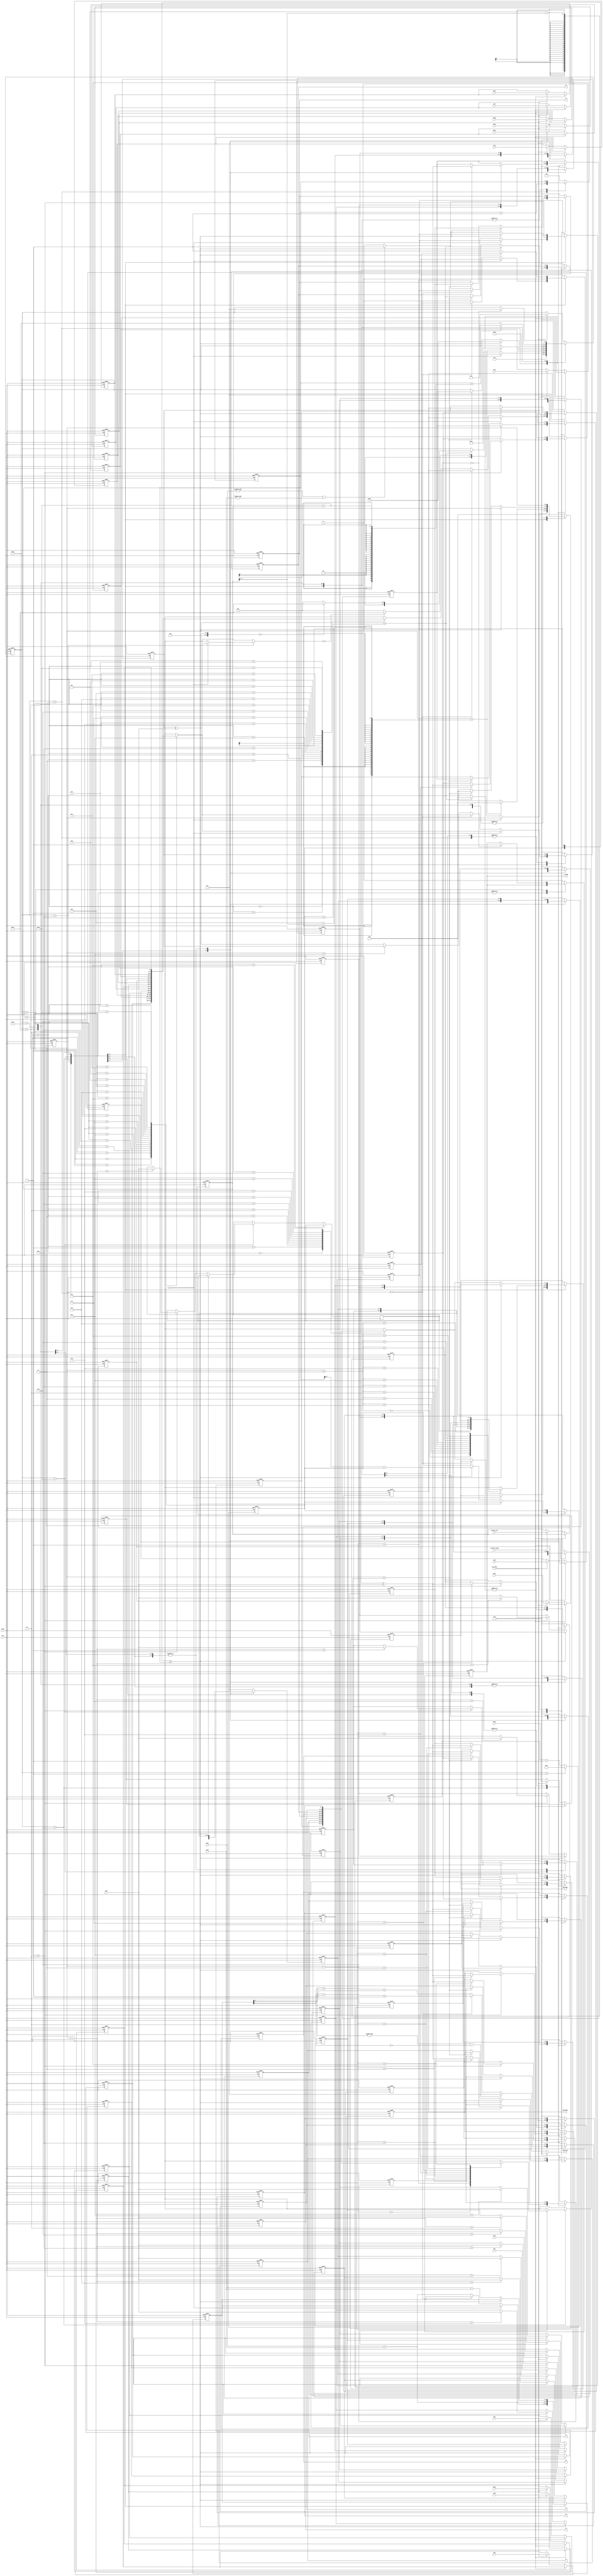
module BM_lamda
//// use Berlekamp Massey�s Algorithm to calculate lamda polynomial
(
input clk, // input clock planned to be 56 Mhz
input reset, // active high asynchronous reset

// input modified syndromes in decimal format 
input [7:0] Sm1,Sm2,Sm3,Sm4,Sm5,Sm6,Sm7,Sm8,                    
input [7:0] Sm9,Sm10,Sm11,Sm12,Sm13,Sm14,Sm15,Sm16,    

//active high flag for one clock to indicate that input Sm is ready
input Sm_ready,   

// active high flag for one clock to indicate that erasures values are ready
input erasure_ready, 
input [3:0] erasure_cnt,  /// number of erasures per block 0:8 

input [7:0] pow1,pow2,    /// output of power memories
input [7:0] dec1,        /// output of decimal memories

output reg [7:0] add_pow1,add_pow2,     /// address to power memories
output  [7:0] add_dec1,                              /// address to decimal memories

// active high flag for one clock to indicate that lamda polynomial is ready
output reg L_ready,  
output [7:0] L1,L2,L3,L4,L5,L6,L7,L8   ///  lamda coeff values in decimal format 
);

reg [7:0] L [1:9];   /// Lamda polynomial coeff
reg [7:0] Lt [1:9]; /// temp register for next Lamda polynomial coeff values
reg [7:0] T [1:10];  /// T polynomial
reg [7:0] D; /// delta

reg [4:0]  K;  //  max 16   // operation counter
reg [3:0]  N;  //  max 8    // operation counter


reg [3:0]  e_cnt;
reg [7:0] S [1:16];


reg [8:0] add_1;   /// address to decimal memory
reg IS_255_1;
reg div1;  ///  1  division ,  0 multiplication

reg [3:0] cnt ;  // max 12

parameter Step1  = 8'b00000001;
parameter Step2  = 8'b00000010;
parameter Step3  = 8'b00000100;
parameter Step4  = 8'b00001000;
parameter Step5  = 8'b00010000;
parameter Step6  = 8'b00100000;
parameter Step7  = 8'b01000000;
parameter Step8  = 8'b10000000;

reg [8:0] const_timing;
reg [7:0] Step = Step1;

assign L1=L[2];
assign L2=L[3];
assign L3=L[4];
assign L4=L[5];
assign L5=L[6];
assign L6=L[7];
assign L7=L[8];
assign L8=L[9];

//// to handle mutipilcation / division output (address to decimal memory)
assign add_dec1  =(IS_255_1)?  8'h00 :
				 (&add_1[7:0] && !add_1[8])?     8'h01 : 
				 (div1)? add_1[7:0] - (add_1[8]) +1 :
				 add_1[7:0] +add_1[8] +1 ;

always@(posedge reset or posedge clk)
begin
	if (reset)
		begin
			add_1<=0;
			IS_255_1<=0;
			div1<=0;
			add_pow1<=0;add_pow2<=0;
			
			e_cnt<=0;
			
			S[1]<=0;S[2]<=0;S[3]<=0;S[4]<=0;S[5]<=0;
			S[6]<=0;S[7]<=0;S[8]<=0;     
			S[9]<=0;S[10]<=0;S[11]<=0;S[12]<=0;S[13]<=0;
			S[14]<=0;S[15]<=0;S[16]<=0;
			
			L[1]<=0; L[2]<=0; L[3]<=0;L[4]<=0;L[5]<=0;
			L[6]<=0;L[7]<=0;L[8]<=0;L[9]<=0;
			Lt[1]<=0; Lt[2]<=0; Lt[3]<=0;Lt[4]<=0;Lt[5]<=0;
			Lt[6]<=0;Lt[7]<=0;Lt[8]<=0;Lt[9]<=0;
			T[1]<=0; T[2]<=0; T[3]<=0;T[4]<=0;T[5]<=0;
			T[6]<=0;T[7]<=0;T[8]<=0;T[9]<=0;T[10]<=0;
			D<=0;
			K<=0;
			N<=0;
			
			cnt<=0;
			Step<=Step1;
			
			L_ready<=0;
			const_timing<=0;	
		end
	else
		begin
			case (Step)
			/////////////////////////////////////////////////////////////////
			default:begin  /// idle Step    ----- > Step1
				L[1]<=1; L[2]<=0; L[3]<=0;L[4]<=0;L[5]<=0;
				L[6]<=0;L[7]<=0;L[8]<=0;L[9]<=0;
				Lt[1]<=1; Lt[2]<=0; Lt[3]<=0;Lt[4]<=0;Lt[5]<=0;
				Lt[6]<=0;Lt[7]<=0;Lt[8]<=0;Lt[9]<=0;
				T[1]<=0; T[2]<=1; T[3]<=0;T[4]<=0;T[5]<=0;
				T[6]<=0;T[7]<=0;T[8]<=0;T[9]<=0;T[10]<=0;
				D<=0;
				K<=0;
				N<=0;
				cnt<=0;
				L_ready<=0;
				//////// register erasure count///////////////////////////////
				if(erasure_ready)
					begin
						e_cnt<=erasure_cnt;
					end
				//// when input modified syndromes are ready//////////
				if(Sm_ready)
					begin
						Step<=Step2;
						S[1]<=Sm1;S[2]<=Sm2;S[3]<=Sm3;S[4]<=Sm4;S[5]<=Sm5;
						S[6]<=Sm6;S[7]<=Sm7;S[8]<=Sm8;     
						S[9]<=Sm9;S[10]<=Sm10;S[11]<=Sm11;S[12]<=Sm12;
						S[13]<=Sm13;S[14]<=Sm14;S[15]<=Sm15;S[16]<=Sm16;
					end
			end
			//////////////////////////////////////////////////////////
			Step2:begin
				K<= K+1;
				Step<=Step3;
			end
			/////////////////////////////////////////////////////////
			Step3:begin
				if (N==0)
					begin
						D<= S[K+e_cnt];
						if(S[K+e_cnt]==0)
							Step<= Step6;
						else
							Step <= Step4;
					end
				else
					begin
					
						if(cnt == N+4)
							begin
								cnt<=0;
								if ( (D^dec1)  == 0)	
									Step <= Step6;
								else
									Step <= Step4;
							end
						else
							cnt<=cnt+1;
						///////////////////////////////////////////	
						if (cnt == 0)
							begin
								D<= S[K+e_cnt];
							end
						else if (cnt < 5)
							begin
								add_pow1<= L[cnt+1];
								add_pow2<= S[K+e_cnt-cnt];
								
								div1<=0;
								add_1<= pow1 + pow2;
								IS_255_1<=(&pow1 || &pow2)? 1:0;
							end
						else  /// from 5 to  N+4
							begin
								add_pow1<= L[cnt+1];
								add_pow2<= S[K+e_cnt-cnt];
								
								div1<=0;
								add_1<= pow1 + pow2;
								IS_255_1<=(&pow1 || &pow2)? 1:0;
								
								D <= D ^ dec1;
							end
					end
			end
			/////////////////////////////////////////////////////////
			Step4:begin
				////////////////////////////////////////
				if(cnt == (11 - e_cnt[3:1]) )
					begin
						cnt<=0;
						Step <= Step5;
					end
				else
					cnt<=cnt+1;
				///////////////////////////////////////////	
				add_pow1<= T[cnt+2];
				add_pow2 <= D;

				div1<=0;
				add_1<= pow1 + pow2;
				IS_255_1<=(&pow1 || &pow2)? 1:0;
			
				if (cnt>3) 
					begin
						Lt[cnt-2] <= L[cnt-2] ^ dec1;
					end
			end
			/////////////////////////////////////////////////////////////
			Step5:begin
				if ({N,1'b0} >= K )     /// 2N >= K
					begin
						Step<=Step6;
						L[1]<=Lt[1]; L[2]<=Lt[2]; L[3]<=Lt[3]; 
						L[4]<=Lt[4]; L[5]<=Lt[5];
						L[6]<=Lt[6]; L[7]<=Lt[7];
						L[8]<=Lt[8]; L[9]<=Lt[9];
					end
				else
					begin
						////////////////////////////////////////
						if(cnt == (12-e_cnt[3:1]) )
							begin
								cnt<=0;
								Step <= Step6;
								
								N <= K - N;
								
								L[1]<=Lt[1]; L[2]<=Lt[2]; L[3]<=Lt[3];
								L[4]<=Lt[4]; L[5]<=Lt[5];
								L[6]<=Lt[6]; L[7]<=Lt[7]; 
								L[8]<=Lt[8]; L[9]<=Lt[9];
							end
						else
							cnt<=cnt+1;
						///////////////////////////////////////////	
						add_pow1<= L[cnt+1];
						add_pow2 <= D;

						div1<=1;
						add_1<= pow1 - pow2;
						IS_255_1<=(&pow1 || &pow2)? 1:0;
					
						if (cnt>3)  
							begin
								T[cnt-3] <= dec1;
							end
						//////////////////////////////////////////////
					end
			end
			////////////////////////////////////////////////////////////
			Step6:begin
				Step<=Step7;
				T[1]<=0;
				T[2]<=T[1];
				T[3]<=T[2];
				T[4]<=T[3];
				T[5]<=T[4];
				T[6]<=T[5];
				T[7]<=T[6];
				T[8]<=T[7];
				T[9]<=T[8];
				T[10]<=T[9];
			end
			////////////////////////////////////////////////////////////
			Step7:begin	
				if(K< 16 - e_cnt)
					Step<=Step2;
				else
					begin
						Step<=Step8;
					end
			end
			////////////////////////////////////////////////////////////
			Step8: begin
				if(const_timing == 0)
					begin
						L_ready<=1;
						Step<=Step1;
					end
			end
			////////////////////////////////////////////////////////////
			endcase
			
			////////////////  const timing Step machine //////////
			if(Step == Step1)
				begin
					//// max possible is estimated to 500 clks
					const_timing<=8'd500;   
				end
			else
				begin
					const_timing <=const_timing -1;
				end
			//////////////////////////////////////////
			
		end
end


endmodule